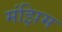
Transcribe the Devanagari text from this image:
मंझिम